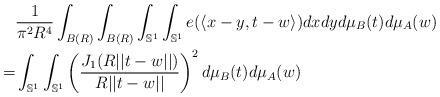
LaTeX: \begin{align*} &\frac{1}{\pi^2 R^4}\int_{B(R)}\int_{B(R)}\int_{\mathbb{S}^1}\int_{\mathbb{S}^1} e(\langle x-y, t- w\rangle)dxdy d\mu_{B}(t)d\mu_{A}(w) \\ =& \int_{\mathbb{S}^1}\int_{\mathbb{S}^1} \left(\frac{J_1(R||t-w||)}{R||t-w||}\right)^2d\mu_{B}(t)d\mu_{A}(w) \end{align*}